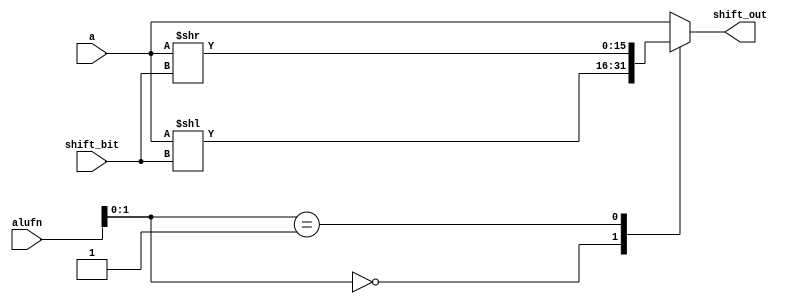
module shift_10 (
    input [3:0] alufn,
    input [15:0] a,
    input [5:0] shift_bit,
    output reg [15:0] shift_out
  );
  
  
  
  always @* begin
    
    case (alufn[0+1-:2])
      1'h0: begin
        shift_out = a << shift_bit[0+5-:6];
      end
      1'h1: begin
        shift_out = a >> shift_bit[0+5-:6];
      end
      4'hb: begin
        shift_out = $signed(a) >>> shift_bit[0+5-:6];
      end
      default: begin
        shift_out = a;
      end
    endcase
  end
endmodule